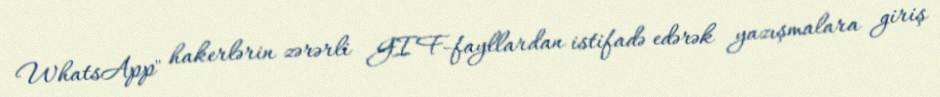
WhatsApp" hakerlərin zərərli GIF-fayllardan istifadə edərək yazışmalara giriş